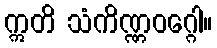
ဣတိ သံကိဏ္ဏဝဂ္ဂေါ။